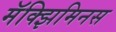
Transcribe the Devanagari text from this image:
मॅक्झिमिनस